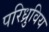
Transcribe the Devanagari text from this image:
परिध्रुविय